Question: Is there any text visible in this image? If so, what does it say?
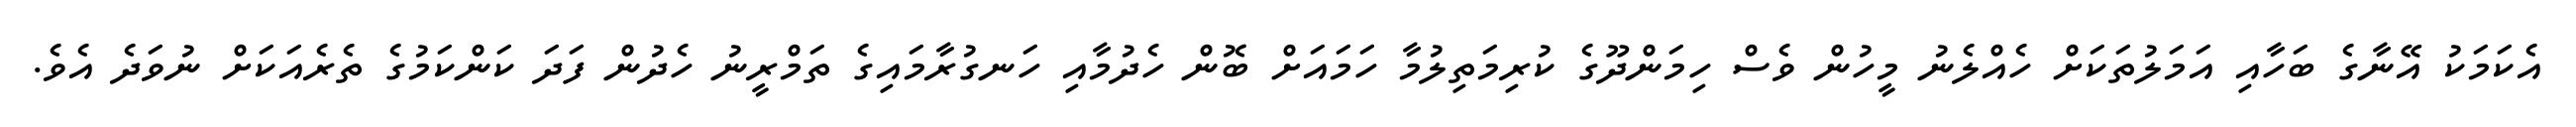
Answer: އެކަމަކު އޭނާގެ ބަހާއި އަމަލުތަކަށް ހެއްލެނު މީހުން ވެސް ހިމަންދޫގެ ކުރިމަތިލުމާ ހަމައަށް ބޮން ހެދުމާއި ހަނގުރާމައިގެ ތަމްރީނު ހެދުން ފަދަ ކަންކަމުގެ ތެރެއަކަށް ނުވަދެ އެވެ.